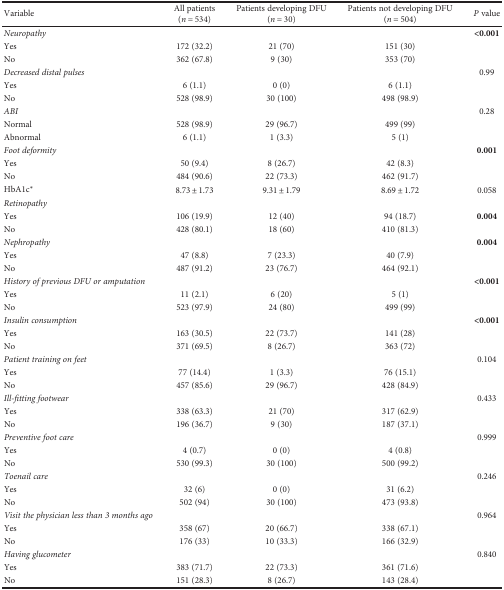
<table><thead><tr><td><b>Variable</b></td><td><b>All patients (<i>n</i> = 534)</b></td><td><b>Patients developing DFU (<i>n</i> = 30)</b></td><td><b>Patients not developing DFU (<i>n</i> = 504)</b></td><td><b><i>P</i> value</b></td></tr></thead><tbody><tr><td><i>Neuropathy</i></td><td></td><td></td><td></td><td><b>&lt;0.001</b></td></tr><tr><td>Yes</td><td>172 (32.2)</td><td>21 (70)</td><td>151 (30)</td><td></td></tr><tr><td>No</td><td>362 (67.8)</td><td>9 (30)</td><td>353 (70)</td><td></td></tr><tr><td><i>Decreased distal pulses</i></td><td></td><td></td><td></td><td>0.99</td></tr><tr><td>Yes</td><td>6 (1.1)</td><td>0 (0)</td><td>6 (1.1)</td><td></td></tr><tr><td>No</td><td>528 (98.9)</td><td>30 (100)</td><td>498 (98.9)</td><td></td></tr><tr><td><i>ABI</i></td><td></td><td></td><td></td><td>0.28</td></tr><tr><td>Normal</td><td>528 (98.9)</td><td>29 (96.7)</td><td>499 (99)</td><td></td></tr><tr><td>Abnormal</td><td>6 (1.1)</td><td>1 (3.3)</td><td>5 (1)</td><td></td></tr><tr><td><i>Foot deformity</i></td><td></td><td></td><td></td><td><b>0.001</b></td></tr><tr><td>Yes</td><td>50 (9.4)</td><td>8 (26.7)</td><td>42 (8.3)</td><td></td></tr><tr><td>No</td><td>484 (90.6)</td><td>22 (73.3)</td><td>462 (91.7)</td><td></td></tr><tr><td>HbA1c<sup>∗</sup></td><td>8.73 ± 1.73</td><td>9.31 ± 1.79</td><td>8.69 ± 1.72</td><td>0.058</td></tr><tr><td><i>Retinopathy</i></td><td></td><td></td><td></td><td></td></tr><tr><td>Yes</td><td>106 (19.9)</td><td>12 (40)</td><td>94 (18.7)</td><td><b>0.004</b></td></tr><tr><td>No</td><td>428 (80.1)</td><td>18 (60)</td><td>410 (81.3)</td><td></td></tr><tr><td><i>Nephropathy</i></td><td></td><td></td><td></td><td><b>0.004</b></td></tr><tr><td>Yes</td><td>47 (8.8)</td><td>7 (23.3)</td><td>40 (7.9)</td><td></td></tr><tr><td>No</td><td>487 (91.2)</td><td>23 (76.7)</td><td>464 (92.1)</td><td></td></tr><tr><td><i>History of previous DFU or amputation</i></td><td></td><td></td><td></td><td><b>&lt;0.001</b></td></tr><tr><td>Yes</td><td>11 (2.1)</td><td>6 (20)</td><td>5 (1)</td><td></td></tr><tr><td>No</td><td>523 (97.9)</td><td>24 (80)</td><td>499 (99)</td><td></td></tr><tr><td><i>Insulin consumption</i></td><td></td><td></td><td></td><td><b>&lt;0.001</b></td></tr><tr><td>Yes</td><td>163 (30.5)</td><td>22 (73.7)</td><td>141 (28)</td><td></td></tr><tr><td>No</td><td>371 (69.5)</td><td>8 (26.7)</td><td>363 (72)</td><td></td></tr><tr><td><i>Patient training on feet</i></td><td></td><td></td><td></td><td>0.104</td></tr><tr><td>Yes</td><td>77 (14.4)</td><td>1 (3.3)</td><td>76 (15.1)</td><td></td></tr><tr><td>No</td><td>457 (85.6)</td><td>29 (96.7)</td><td>428 (84.9)</td><td></td></tr><tr><td><i>Ill-fitting footwear</i></td><td></td><td></td><td></td><td>0.433</td></tr><tr><td>Yes</td><td>338 (63.3)</td><td>21 (70)</td><td>317 (62.9)</td><td></td></tr><tr><td>No</td><td>196 (36.7)</td><td>9 (30)</td><td>187 (37.1)</td><td></td></tr><tr><td><i>Preventive foot care</i></td><td></td><td></td><td></td><td>0.999</td></tr><tr><td>Yes</td><td>4 (0.7)</td><td>0 (0)</td><td>4 (0.8)</td><td></td></tr><tr><td>No</td><td>530 (99.3)</td><td>30 (100)</td><td>500 (99.2)</td><td></td></tr><tr><td><i>Toenail care</i></td><td></td><td></td><td></td><td>0.246</td></tr><tr><td>Yes</td><td>32 (6)</td><td>0 (0)</td><td>31 (6.2)</td><td></td></tr><tr><td>No</td><td>502 (94)</td><td>30 (100)</td><td>473 (93.8)</td><td></td></tr><tr><td><i>Visit the physician less than 3 months ago</i></td><td></td><td></td><td></td><td>0.964</td></tr><tr><td>Yes</td><td>358 (67)</td><td>20 (66.7)</td><td>338 (67.1)</td><td></td></tr><tr><td>No</td><td>176 (33)</td><td>10 (33.3)</td><td>166 (32.9)</td><td></td></tr><tr><td><i>Having glucometer</i></td><td></td><td></td><td></td><td>0.840</td></tr><tr><td>Yes</td><td>383 (71.7)</td><td>22 (73.3)</td><td>361 (71.6)</td><td></td></tr><tr><td>No</td><td>151 (28.3)</td><td>8 (26.7)</td><td>143 (28.4)</td><td></td></tr></tbody></table>